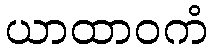
ယာထာဝကံ